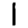
Digit: 1